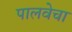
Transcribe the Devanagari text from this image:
पालवेचा